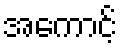
အကောင့်